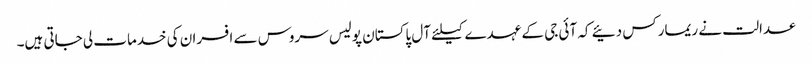
عدالت نے ریمارکس دئیے کہ آئی جی کے عہدے کیلئے آل پاکستان پولیس سروس سے افسران کی خدمات لی جاتی ہیں۔